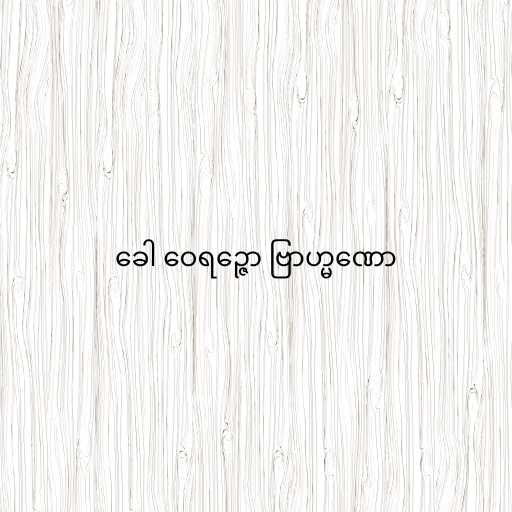
ခေါ ဝေရဉ္ဇော ဗြာဟ္မဏော